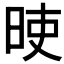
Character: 𣆘